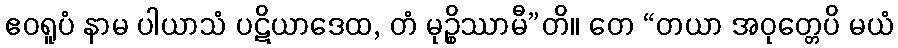
ဧဝရူပံ နာမ ပါယာသံ ပဋိယာဒေထ, တံ မုဉ္စိဿာမီ”တိ။ တေ “တယာ အဝုတ္တေပိ မယံ